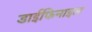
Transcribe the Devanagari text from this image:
डाईफिनाइल